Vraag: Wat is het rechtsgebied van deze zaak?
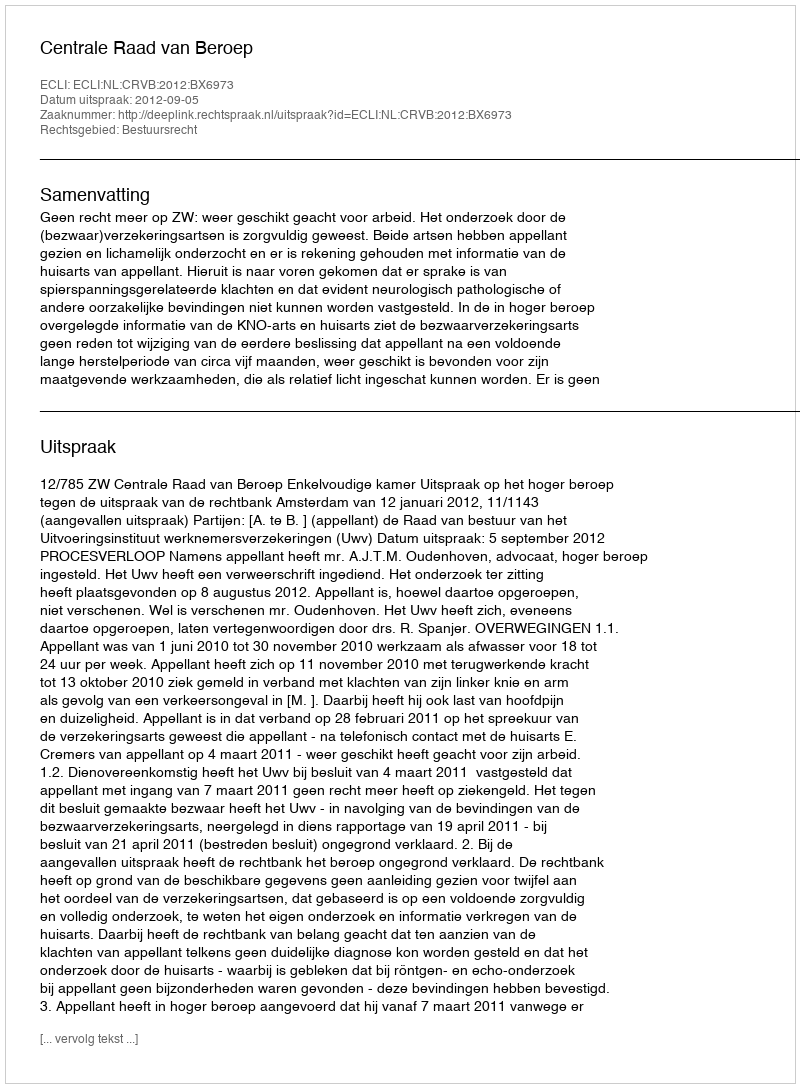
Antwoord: Bestuursrecht